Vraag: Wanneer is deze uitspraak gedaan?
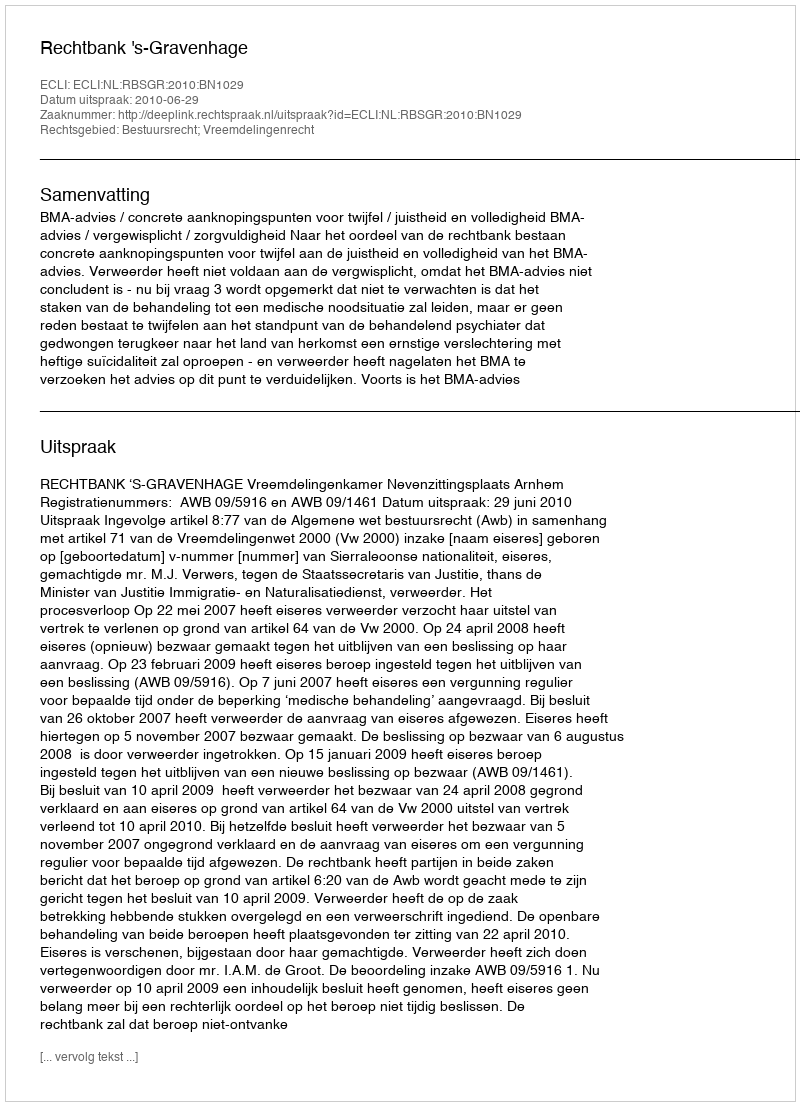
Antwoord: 2010-06-29